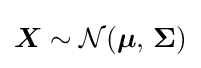
{\boldsymbol {X}}\sim {\mathcal {N}}({\boldsymbol {\mu }},\,{\boldsymbol {\Sigma }})